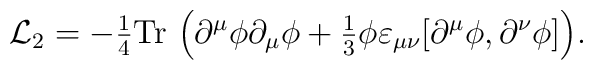
{\cal L}_2=-{\textstyle \frac 14}\hbox{Tr}~\Bigl(\partial ^\mu \phi \partial_\mu \phi +{\textstyle \frac 13}\phi \varepsilon _{\mu \nu }[\partial ^\mu\phi ,\partial ^\nu \phi ]\Bigr).